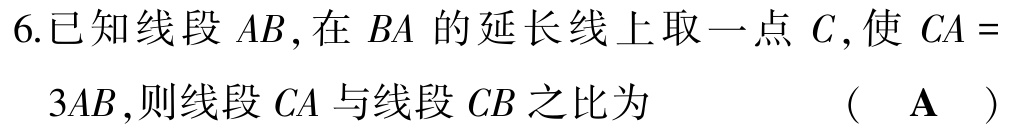
6.已知线段 \(AB\)，在 \(BA\) 的延长线上取一点 \(C\)，使 \(CA = 3AB\)，则线段 \(CA\) 与线段 \(CB\) 之比为  （  \(\mathbf{A}\)  ）